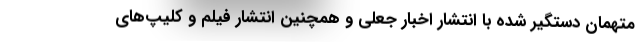
متهمان دستگیر شده با انتشار اخبار جعلی و همچنین انتشار فیلم و کلیپ‌های